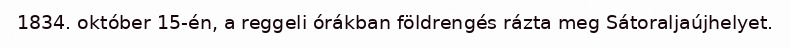
1834. október 15-én, a reggeli órákban földrengés rázta meg Sátoraljaújhelyet.